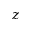
z